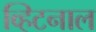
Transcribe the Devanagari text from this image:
व्हिटनाल